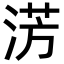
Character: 淓